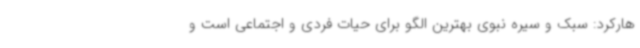
هارکرد: سبک و سیره نبوی بهترین الگو برای حیات فردی و اجتماعی است و